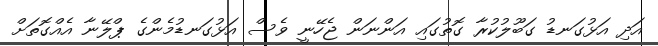
އަދި އަޅުގަނޑު ގަބޫލުކުރާ ގޮތުގައި އަންނަން ޖެހޭނީ ވެސް އަޅުގަނޑުމެންގެ ޕްލޭނާ އެއްގޮތަށް